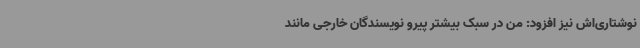
نوشتاری‌اش نیز افزود: من در سبک بیشتر پیرو نویسندگان خارجی مانند